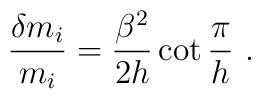
\frac{\delta m_{i}}{m_{i}}=\frac{\beta ^{2}}{2h}\cot \frac{\pi }{h}\,\,.